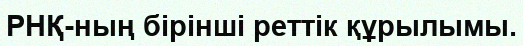
РНҚ-ның бiрiншi реттiк құрылымы.